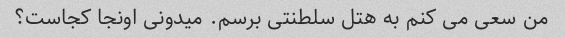
من سعی می کنم به هتل سلطنتی برسم. میدونی اونجا کجاست؟